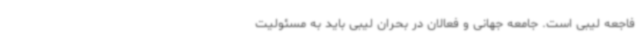
فاجعه لیبی است. جامعه جهانی و فعالان در بحران لیبی باید به مسئولیت